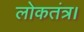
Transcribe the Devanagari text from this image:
लोकतंत्र।